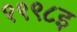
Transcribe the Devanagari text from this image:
१९९८इ